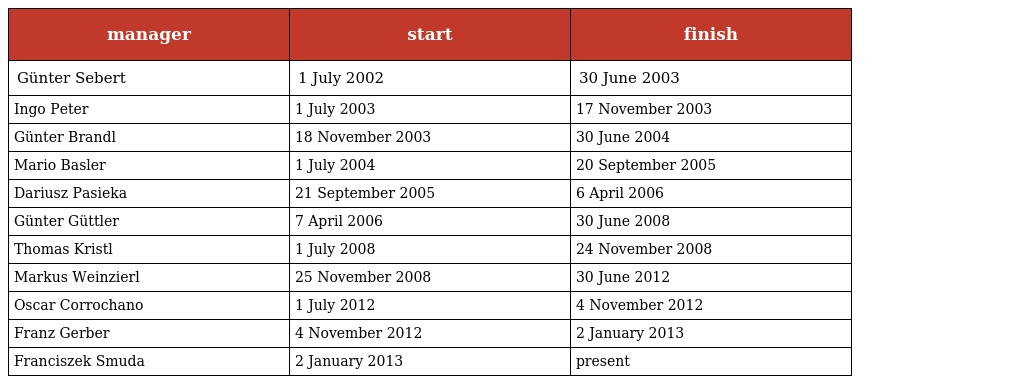
| manager | start | finish |
 | --- | --- | --- |
 | Günter Sebert | 1 July 2002 | 30 June 2003 |
 | Ingo Peter | 1 July 2003 | 17 November 2003 |
 | Günter Brandl | 18 November 2003 | 30 June 2004 |
 | Mario Basler | 1 July 2004 | 20 September 2005 |
 | Dariusz Pasieka | 21 September 2005 | 6 April 2006 |
 | Günter Güttler | 7 April 2006 | 30 June 2008 |
 | Thomas Kristl | 1 July 2008 | 24 November 2008 |
 | Markus Weinzierl | 25 November 2008 | 30 June 2012 |
 | Oscar Corrochano | 1 July 2012 | 4 November 2012 |
 | Franz Gerber | 4 November 2012 | 2 January 2013 |
 | Franciszek Smuda | 2 January 2013 | present |